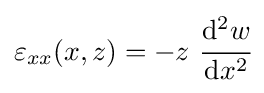
\varepsilon _{xx}(x,z)=-z~{\cfrac {\mathrm {d} ^{2}w}{\mathrm {d} x^{2}}}